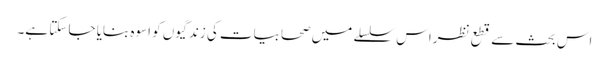
اس بحث سے قطع نظراس سلسلے میں صحابیات کی زندگیوں کو اسوہ بنایا جا سکتا ہے۔